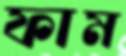
ফাম